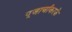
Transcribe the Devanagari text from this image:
पूजार्चाकरके